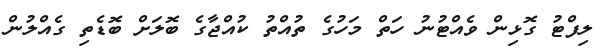
ލިފްޓު ގޮޅިން ވެއްޓުނު ހަތް މަހުގެ ތުއްތު ކުއްޖާގެ ބޮލަށް ބޮޑެތި ގެއްލުން